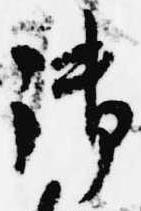
御